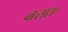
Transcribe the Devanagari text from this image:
वत्सस